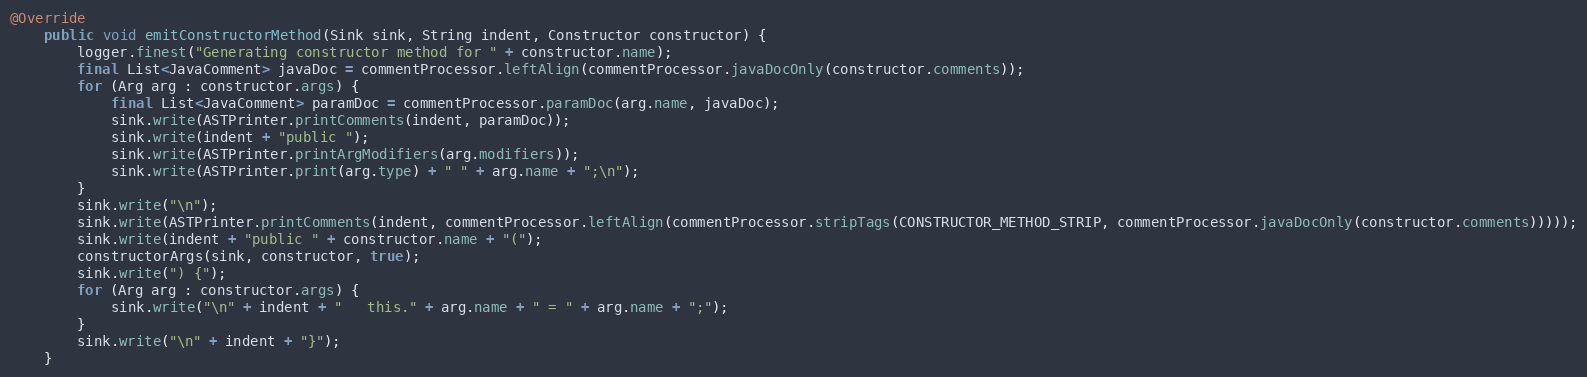
Language: Java
@Override
    public void emitConstructorMethod(Sink sink, String indent, Constructor constructor) {
    	logger.finest("Generating constructor method for " + constructor.name);
    	final List<JavaComment> javaDoc = commentProcessor.leftAlign(commentProcessor.javaDocOnly(constructor.comments));
    	for (Arg arg : constructor.args) {
    	    final List<JavaComment> paramDoc = commentProcessor.paramDoc(arg.name, javaDoc);
    	    sink.write(ASTPrinter.printComments(indent, paramDoc));
            sink.write(indent + "public ");
            sink.write(ASTPrinter.printArgModifiers(arg.modifiers));
            sink.write(ASTPrinter.print(arg.type) + " " + arg.name + ";\n");
        }
    	sink.write("\n");
        sink.write(ASTPrinter.printComments(indent, commentProcessor.leftAlign(commentProcessor.stripTags(CONSTRUCTOR_METHOD_STRIP, commentProcessor.javaDocOnly(constructor.comments)))));
        sink.write(indent + "public " + constructor.name + "(");
        constructorArgs(sink, constructor, true);
        sink.write(") {");
        for (Arg arg : constructor.args) {
            sink.write("\n" + indent + "   this." + arg.name + " = " + arg.name + ";");
        }
        sink.write("\n" + indent + "}");
    }